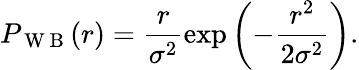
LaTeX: P_{\mathrm{~W~B~}}(r)=\frac{r}{\sigma^{2}}\exp\left(-\frac{r^{2}}{2\sigma^{2}}\right).